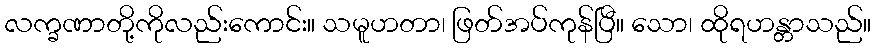
လက္ခဏာတို့ကိုလည်းကောင်း။ သမူဟတာ၊ ဖြတ်အပ်ကုန်ပြီ။ သော၊ ထိုရဟန္တာသည်။